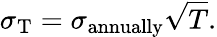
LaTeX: \sigma_{\mathrm{T}}=\sigma_{\mathrm{annually}}{\sqrt{T}}.